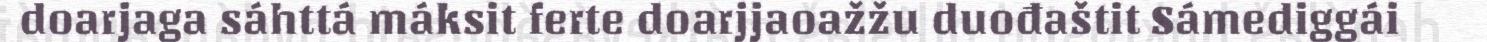
doarjaga sáhttá máksit ferte doarjjaoažžu duođaštit Sámediggái